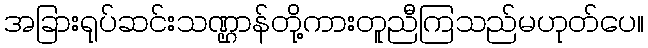
အခြားရုပ်ဆင်းသဏ္ဌာန်တို့ကားတူညီကြသည်မဟုတ်ပေ။